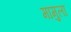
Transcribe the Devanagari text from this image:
मामुला